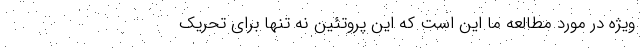
ویژه در مورد مطالعه ما این است که این پروتئین نه تنها برای تحریک